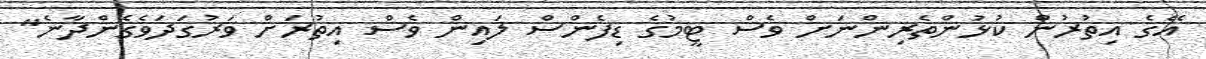
އޭގެ އިތުރުން ކުޅުންތެރިންނަށް ވެސް ޓީމުގެ ޑިފެންސް ލައިން ވެސް އިތުރަށް ވަރުގަދަވެގެންދާނެ"